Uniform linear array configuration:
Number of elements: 12
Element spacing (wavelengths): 0.25
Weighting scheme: hann
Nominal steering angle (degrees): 15
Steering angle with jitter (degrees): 16.742
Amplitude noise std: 0.05
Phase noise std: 0.05

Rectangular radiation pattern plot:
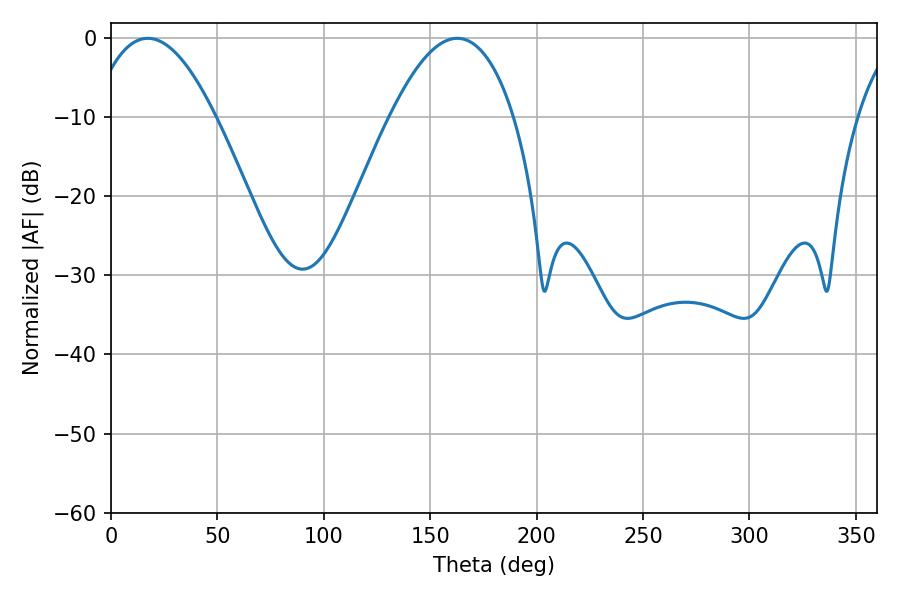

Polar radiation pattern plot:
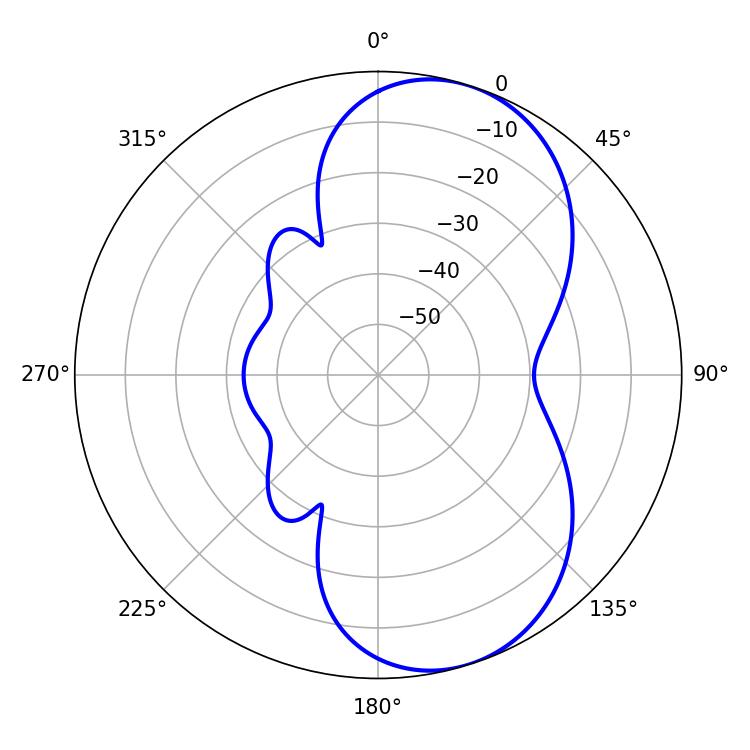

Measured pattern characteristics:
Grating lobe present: FALSE
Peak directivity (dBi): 7.191
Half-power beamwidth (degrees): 31.86
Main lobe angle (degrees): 17.28